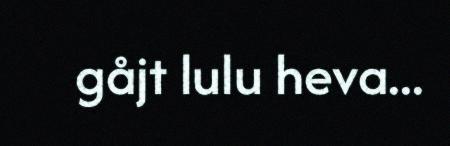
gåjt lulu heva...